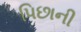
પિછાની